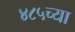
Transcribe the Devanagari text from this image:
४८५च्या